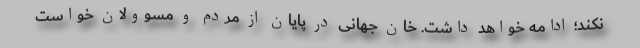
نکند؛ ادامه خواهد داشت. خان جهانی در پایان از مردم و مسوولان خواست